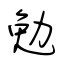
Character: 勉